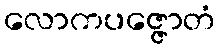
လောကပဇ္ဇောတံ